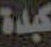
كبدة